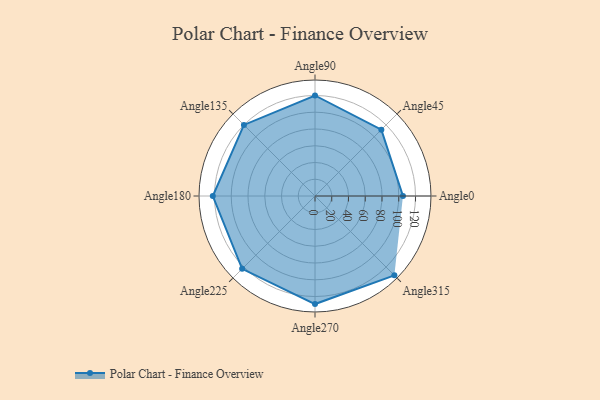
{"axis": {"x": "Angle", "y": "Radius"}, "legend": [""], "data": [{"x": "Angle0", "y": 105.0, "type": ""}, {"x": "Angle45", "y": 112.0, "type": ""}, {"x": "Angle90", "y": 120.0, "type": ""}, {"x": "Angle135", "y": 120.0, "type": ""}, {"x": "Angle180", "y": 122.0, "type": ""}, {"x": "Angle225", "y": 123.0, "type": ""}, {"x": "Angle270", "y": 129.0, "type": ""}, {"x": "Angle315", "y": 134.0, "type": ""}]}